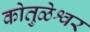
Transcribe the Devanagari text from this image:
कोतुळेश्वर